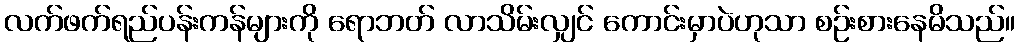
လက်ဖက်ရည်ပန်းကန်များကို ရောဘတ် လာသိမ်းလျှင် ကောင်းမှာပဲဟုသာ စဉ်းစားနေမိသည်။